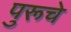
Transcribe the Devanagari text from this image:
पुरूचे